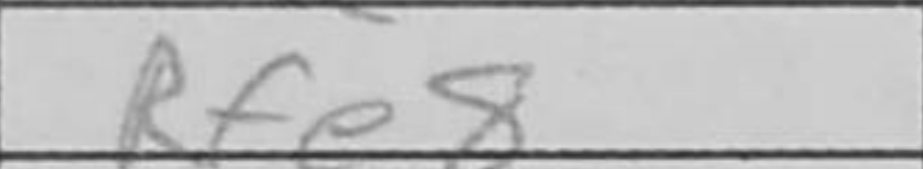
Transcription: Rfe8